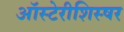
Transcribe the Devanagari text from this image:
ऑस्टेरीशिस्षर